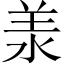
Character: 𣴎